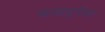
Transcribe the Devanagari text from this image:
काळदुर्गला